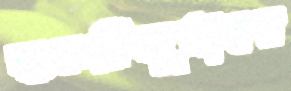
শুকরিজুমাহর